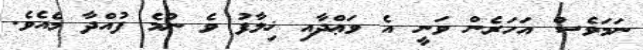
ނަމަވެސް އަހަރެން ވަނީ އެ ވަޢްދާއި ޚިލާފު ވެ ނުމެ ފުއްދާ މެއެވެ.